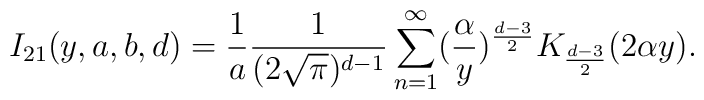
I_{21}(y,a,b,d)=\frac{1}{a}\frac{1}{(2\sqrt{\pi})^{d-1}}\sum_{n=1}^{\infty}(\frac{\alpha}{y})^{\frac{d-3}{2}}K_{\frac{d-3}{2}}(2\alpha y).